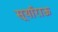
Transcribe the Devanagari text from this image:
सूर्याराऊ